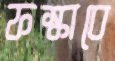
ফস্‌কাবে